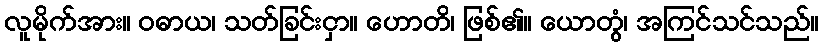
လူမိုက်အား။ ဝဓာယ၊ သတ်ခြင်းငှာ။ ဟောတိ၊ ဖြစ်၏။ ယောတွံ၊ အကြင်သင်သည်။